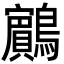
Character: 𪇧